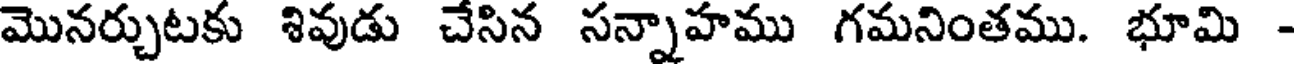
మొనర్చుటకు శివుడు చేసిన సన్నాహము గమనింతము. భూమి -